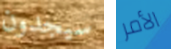
سيجدون الأمر